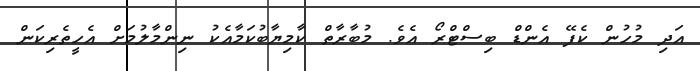
އަދި މުހުން ކެފޭ އެންޑް ބިސްޓްރޯ އެވެ. މުބާރާތް ކާމިޔާބުކަމާއެކު ނިންމާލުމަށް އެހީތެރިކަން